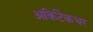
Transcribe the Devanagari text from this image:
अर्किटेकचर